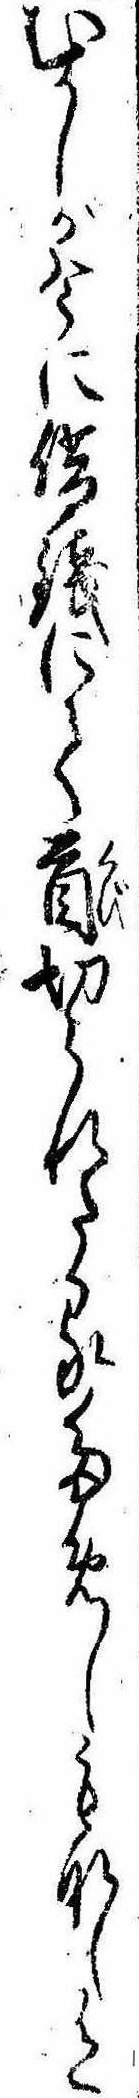
むかしが今に借銭にて首切られたるためしもなし有